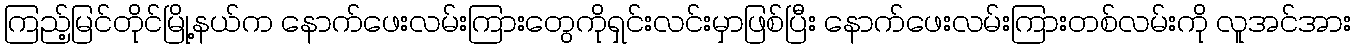
ကြည့်မြင်တိုင်မြို့နယ်က နောက်ဖေးလမ်းကြားတွေကိုရှင်းလင်းမှာဖြစ်ပြီး နောက်ဖေးလမ်းကြားတစ်လမ်းကို လူအင်အား